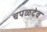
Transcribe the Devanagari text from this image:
चपळदेव